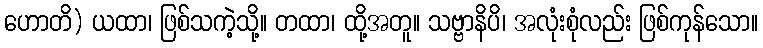
ဟောတိ) ယထာ၊ ဖြစ်သကဲ့သို့။ တထာ၊ ထို့အတူ။ သဗ္ဗာနိပိ၊ အလုံးစုံလည်း ဖြစ်ကုန်သော။